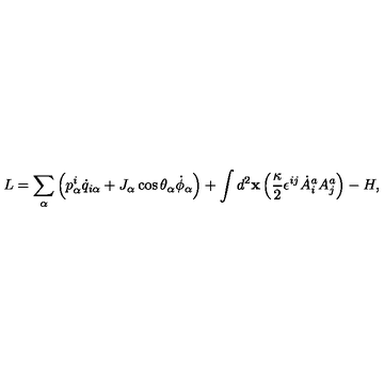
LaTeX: L = \sum _ { \alpha } \left( p _ { \alpha } ^ { i } \dot { q } _ { i \alpha } + J _ { \alpha } \cos \theta _ { \alpha } \dot { \phi } _ { \alpha } \right) + \int d ^ { 2 } { \bf x } \left( { \frac { \kappa } { 2 } } \epsilon ^ { i j } \dot { A } _ { i } ^ { a } A _ { j } ^ { a } \right) - H ,